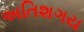
અતિશગય